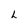
Character: L